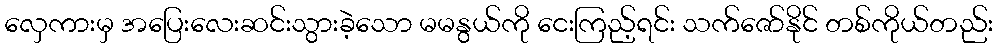
လှေကားမှ အပြေးလေးဆင်းသွားခဲ့သော မမနွယ်ကို ငေးကြည့်ရင်း သက်ဇော်နိုင် တစ်ကိုယ်တည်း